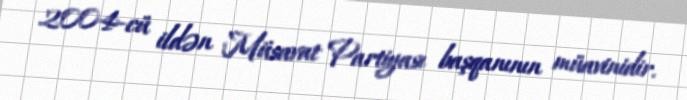
2004-cü ildən Müsavat Partiyası başqanının müavinidir.